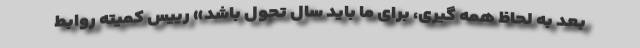
بعد به لحاظ همه گیری، برای ما باید سال تحول باشد» رییس کمیته روابط